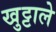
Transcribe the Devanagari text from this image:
खुट्टाले